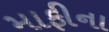
માફીના